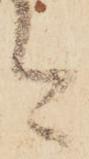
今